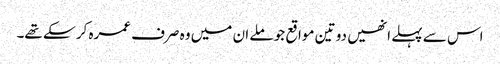
اس سے پہلے انھیں دو تین مواقع جو ملے ان میں وہ صرف عمرہ کر سکے تھے۔